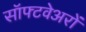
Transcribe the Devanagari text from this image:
सॉफ्टवेअरों